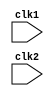
module pipe_MIPS32(clk1,clk2) ;
input clk1,clk2;
reg[31:0] IF_ID_IR,IF_ID_NPC,PC;
reg[31:0] ID_EX_IR,ID_EX_NPC,ID_EX_A,ID_EX_B,ID_EX_Imm;
reg[3:0]  ID_EX_type,EX_MEM_type,MEM_WB_type;
reg[31:0] EX_MEM_ALUOut,EX_MEM_B,EX_MEM_IR;
reg		  EX_MEM_cond;
reg[31:0] MEM_WB_LMD,MEM_WB_ALUOut,MEM_WB_IR;
reg[31:0] Reg[0:31] ;  //32 32-bit register 
reg[31:0] Mem[0:1023] ; //1024 32-bit memory

parameter ADD=6'b000000,SUB=6'b000001,AND=6'b000010,OR=6'b000011,SLT=6'b000100,MUL=6'b000101,HLT=6'b111111,LW=6'b001000,SW=6'b001001,ADDI=6'b001010,SUBI=6'b001011,
SLTI=6'b001100,BNEQZ=6'b001101,BEQZ=6'b001110;
parameter RR_ALU=3'b000,RM_ALU=3'b001,LOAD=3'b010,STORE=3'b011,BRANCH=3'b100,HALT=3'b101;

reg HALTED; //set after hlt instruction is encountered
reg TAKEN_BRANCH;//set after branch instruction occurs

//IF(instruction fetch) stage
always @(posedge clk1)
if(HALTED==0)
begin
	if(((EX_MEM_IR[31:26]==BEQZ) && (EX_MEM_cond==1)) || ((EX_MEM_IR[31:26]==BNEQZ) && (EX_MEM_cond==0)))
	begin	
	TAKEN_BRANCH<=1'b1;
	IF_ID_IR<=Mem[EX_MEM_ALUOut];
	IF_ID_NPC<=EX_MEM_ALUOut+1;
	PC<=EX_MEM_ALUOut+1;
	end
	else begin
		IF_ID_IR<=Mem[PC];
		IF_ID_NPC<=PC+1;
		PC<=PC+1;
	end
end

//ID(instruction decode) stage
always @(posedge clk2)
if (HALTED==0) begin
	if (IF_ID_IR[25:21]==5'b00000) ID_EX_A<=0; //This is rs register
	else ID_EX_A<=Reg[IF_ID_IR[25:21]];  

	if (IF_ID_IR[20:16]==5'b00000) ID_EX_B<=0; //This is rt register
	else ID_EX_B<=Reg[IF_ID_IR[20:16]];  
		
	ID_EX_NPC<=IF_ID_NPC;
	ID_EX_IR<=IF_ID_IR;
	ID_EX_Imm<={{16{IF_ID_IR[15]}},{IF_ID_IR[15:0]}};

	case(IF_ID_IR[31:26])
	ADD,SUB,AND,OR,MUL,SLT:ID_EX_type<=RR_ALU;
	ADDI,SUBI,SLTI 		  :ID_EX_type<=RM_ALU;
	LW 					  :ID_EX_type<=LOAD;
	SW 					  :ID_EX_type<=STORE;
	BEQZ,BNEQZ 			  :ID_EX_type<=BRANCH;
	HLT 				  :ID_EX_type<=HALT;
	default				  :ID_EX_type<=HALT;  //For invalid instruction
	endcase
end

//EX(Exceution) stage
always @(posedge clk1)
if (HALTED==0) begin
	EX_MEM_IR<=ID_EX_IR;
	EX_MEM_type<=ID_EX_type;

	case(ID_EX_type)
	RR_ALU:begin
		case(ID_EX_IR[31:26])
			ADD:EX_MEM_ALUOut<=ID_EX_A + ID_EX_B;
			SUB:EX_MEM_ALUOut<=ID_EX_A - ID_EX_B;
			MUL:EX_MEM_ALUOut<=ID_EX_A * ID_EX_B;
			AND:EX_MEM_ALUOut<=ID_EX_A & ID_EX_B;
			OR :EX_MEM_ALUOut<=ID_EX_A | ID_EX_B;
			SLT:EX_MEM_ALUOut<=ID_EX_A < ID_EX_B;
			default:EX_MEM_ALUOut<= 32'hxxxxxxxx;
		endcase
		end

	RM_ALU:begin
		case(ID_EX_IR[31:26])
		ADDI:EX_MEM_ALUOut<=ID_EX_A + ID_EX_Imm;
		SUBI:EX_MEM_ALUOut<=ID_EX_A - ID_EX_Imm;
		SLTI:EX_MEM_ALUOut<=ID_EX_A < ID_EX_Imm;
		default:EX_MEM_ALUOut<=32'hxxxxxxxx;
		endcase
	end
	LOAD,STORE:
		begin
			EX_MEM_ALUOut<=ID_EX_A + ID_EX_Imm;
			EX_MEM_B     <=ID_EX_B;
		end
	BRANCH:
		begin
			EX_MEM_ALUOut<=ID_EX_NPC+ID_EX_Imm;
			EX_MEM_cond  <=(ID_EX_A==0);
		end
	endcase
end

//MEM(Memory) stage
always @(posedge clk2)
if (HALTED==0) begin
	MEM_WB_IR<=EX_MEM_IR;
	MEM_WB_type<=EX_MEM_type;

	case(EX_MEM_type)
	RR_ALU,RM_ALU:MEM_WB_ALUOut <= EX_MEM_ALUOut;
	LOAD         :MEM_WB_LMD <= Mem[EX_MEM_ALUOut];
	STORE        :if(TAKEN_BRANCH==0) Mem[EX_MEM_ALUOut] <= EX_MEM_B;
	endcase 
end

//WB(Register write back) stage
always @(posedge clk1)
if (TAKEN_BRANCH==0)
begin
	case(MEM_WB_type)
	RR_ALU:Reg[MEM_WB_IR[15:11]] <= MEM_WB_ALUOut;
	RM_ALU:Reg[MEM_WB_IR[20:16]] <= MEM_WB_ALUOut;
	LOAD  :Reg[MEM_WB_IR[20:16]] <= MEM_WB_LMD ;
	HALT  :HALTED <= 1'b1;
	endcase
end

endmodule